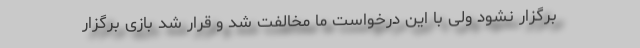
برگزار نشود ولی با این درخواست ما مخالفت شد و قرار شد بازی برگزار